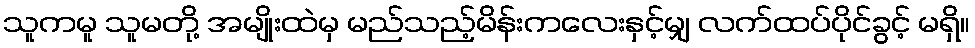
သူကမူ သူမတို့ အမျိုးထဲမှ မည်သည့်မိန်းကလေးနှင့်မျှ လက်ထပ်ပိုင်ခွင့် မရှိ။